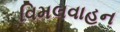
વિમલવાહન